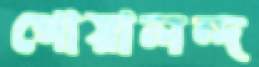
গোয়ালন্দ